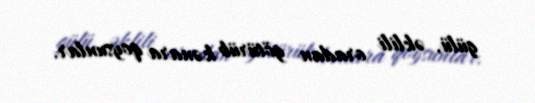
gülü, əklili oradan götürüb kənara qoysunlar.